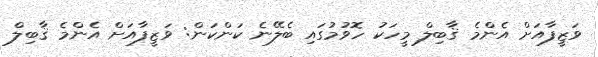
ވަޒީފާއަށް އެންމެ ޤާބިލް މީހަކު ހޮވުމުގައި ބެލޭނެ ކަންކަން: ވަޒީފާއަށް އެންމެ ޤާބިލް